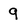
Character: 9